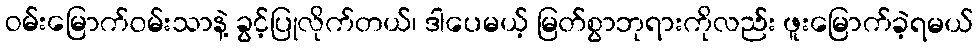
ဝမ်းမြောက်ဝမ်းသာနဲ့ ခွင့်ပြုလိုက်တယ်၊ ဒါပေမယ့် မြတ်စွာဘုရားကိုလည်း ဖူးမြောက်ခဲ့ရမယ်